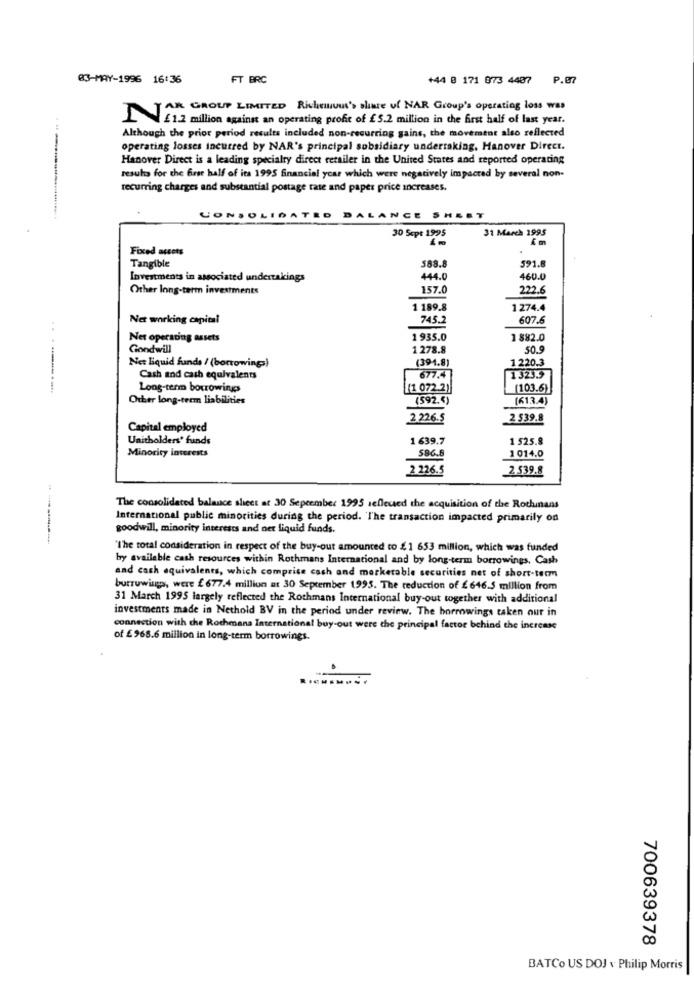
83-MAY-1996 16:36
FT BRC
+44 0 171 873 4407 P.87
AR GROUP LIMITED Richeuuus's share ul NAR Group's operating loss was
1.2 million against an operating profit of £5.2 million in the first half of last year.
Although the prior period results included non-recurring gains, the movement also reflected
operating losses incurred by NAR's principal subsidiary undertaking. Hanover Direct.
Hanover Direct is a leading specialty direct retailer in the United States and reported operating
results for the first half of its 1995 financial year which were negatively impacted by several non-
recurring charges and substantial postage rase and paper price increases.
CONSOLIDATED BALANCE SHE
31 March 1995
30 Sept 1995
Fixed assets
Tangible
591.8
588.8
Investments in associated undertakings
444.0
460.0
Other long-term investments
157.0
222.6
1 189.8
1 274.4
Net working capital
745.2
607.6
Net operating assets
1 935.0
1 882.0
Goodwill
1 278.8
50.
Net liquid funds / (borrowings)
(391.8)
1 220.3
Cash and cash equivalents
677.4
1323.9
Long-term borrowings
[1 072.2)
(103.6)
Other long-term liabilities
(592.4)
[613.4)
2226.5
2 539.8
Capital employed
Unitholders' funds
1 639.7
1 525.8
Minority interests
586.6
1 014.0
2 226.5
2 539.8
The consolidated balance sheet at 30 September 1995 reflected the acquisition of the Rothmans
International public minorities during the period. 'The transaction impacted primarily on
goodwill, minority interests and net liquid funds.
'The total consideration in respect of the buy-out amounted to $1 653 million, which was funded
by available cash resources within Rothmans International and by long-term borrowings. Cash
and cash equivalents, which comprise cash and marketable securities net of short-term
burrowing, were £ 677.4 million at 30 September 1995. The reduction of £646.5 million from
31 March 1995 largely reflected the Rothmans International buy-out together with additional
investments made in Nethold BV in the period under review. The borrowings taken our in
connection with che Rocheans International buy-out were che principal factor behind the increase
of £ 968.6 million in long-term borrowings.
700639378
BATCo US DOJ v Philip Morris